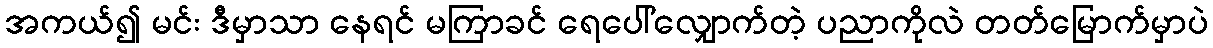
အကယ်၍ မင်း ဒီမှာသာ နေရင် မကြာခင် ရေပေါ်လျှောက်တဲ့ ပညာကိုလဲ တတ်မြောက်မှာပဲ